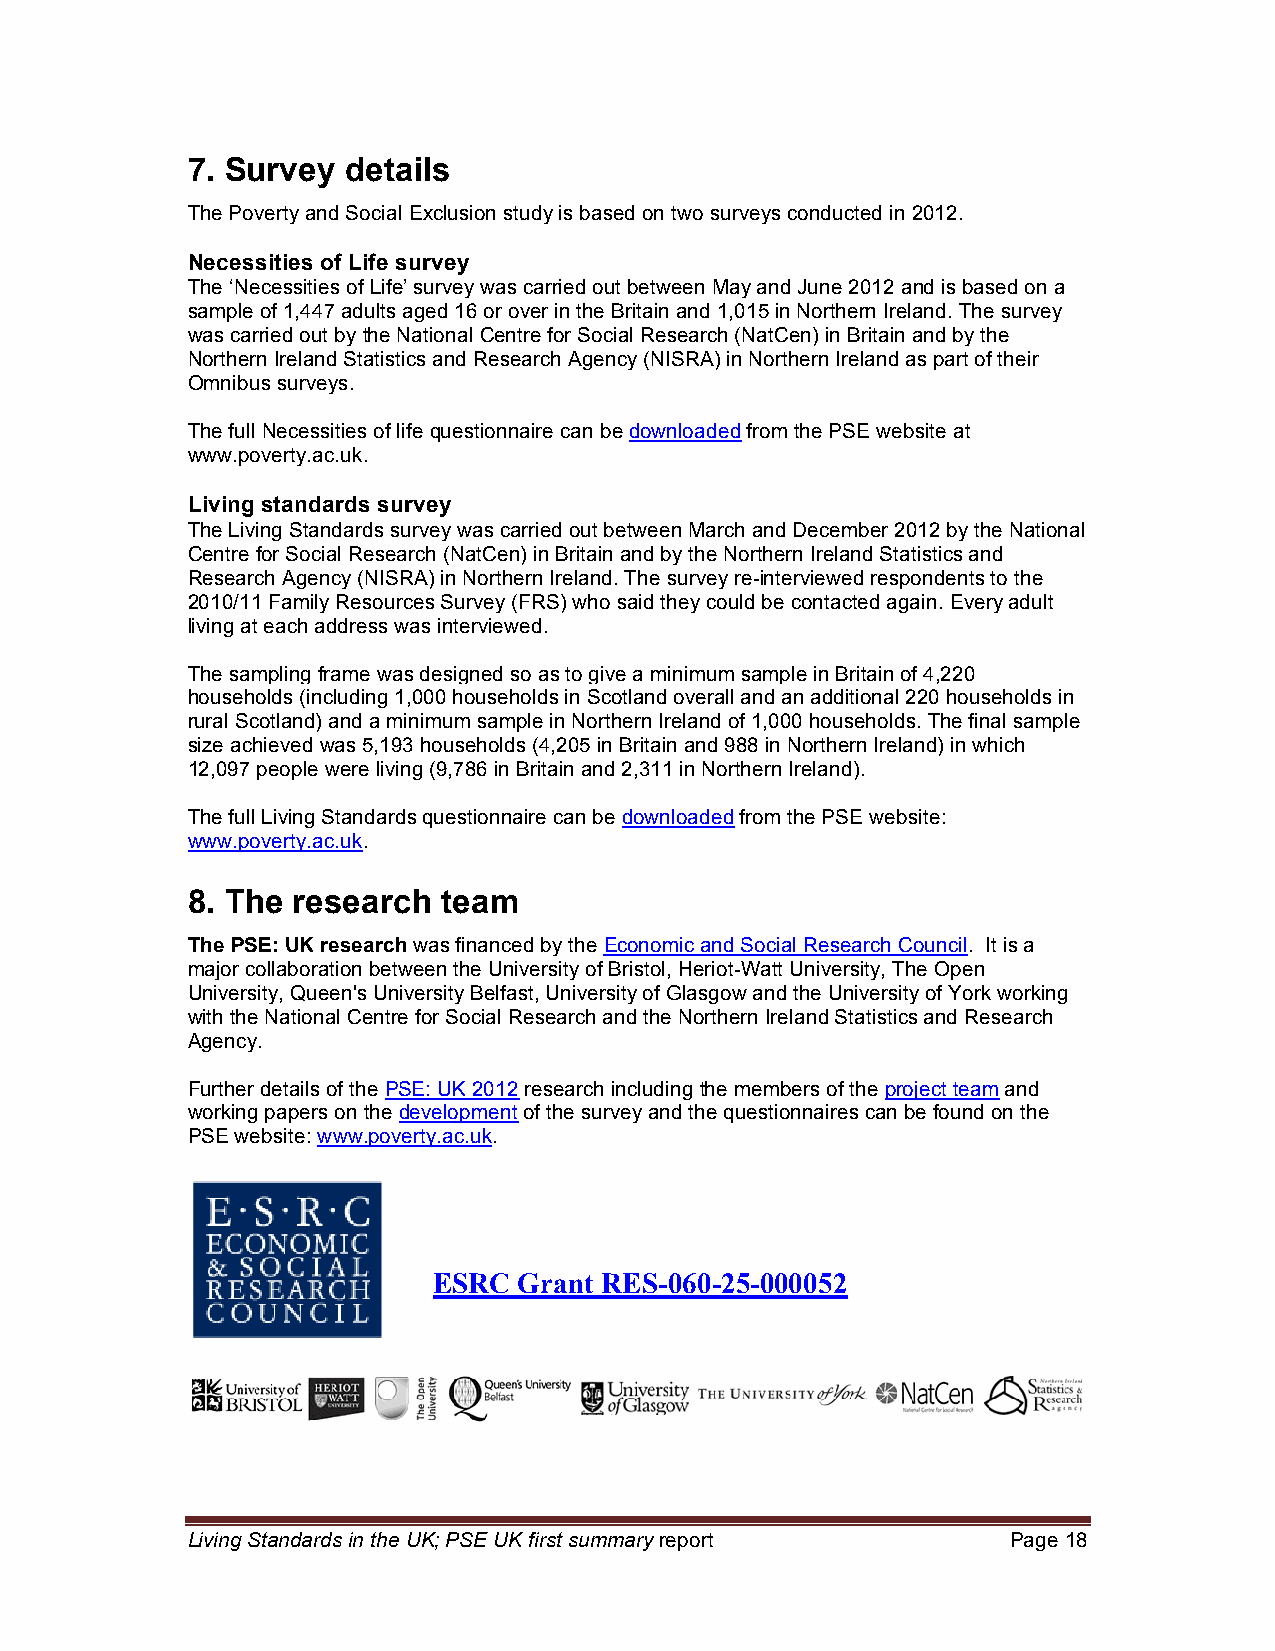
7. Survey  details
 The Poverty and Social Exclusion study is based on two surveys conducted in 2012.
 Necessities of Life survey
 The ‘Necessities of Life’ survey was carried out between May and June 2012 and is based on a
 sample of 1,447 adults aged 16 or over in the Britain and 1,015 in Northern Ireland. The survey
 was carried out by the National Centre for Social Research (NatCen) in Britain and by the
 Northern Ireland Statistics and Research Agency (NISRA) in Northern Ireland as part of their
 Omnibus surveys.
 The full Necessities of life questionnaire can be downloaded from the PSE website at
 www.poverty.ac.uk.
 Living standards survey
 The Living Standards survey was carried out between March and December 2012 by the National
 Centre for Social Research (NatCen) in Britain and by the Northern Ireland Statistics and
 Research Agency (NISRA) in Northern Ireland. The survey re-interviewed respondents to the
 2010/11 Family Resources Survey (FRS) who said they could be contacted again. Every adult
 living at each address was interviewed.
 The sampling frame was designed so as to give a minimum sample in Britain of 4,220
 households (including 1,000 households in Scotland overall and an additional 220 households in
 rural Scotland) and a minimum sample in Northern Ireland of 1,000 households. The final sample
 size achieved was 5,193 households (4,205 in Britain and 988 in Northern Ireland) in which
 12,097 people were living (9,786 in Britain and 2,311 in Northern Ireland).
 The full Living Standards questionnaire can be downloaded from the PSE website:
 www.poverty.ac.uk.
 8. The research  team
 The PSE: UK research was financed by the Economic and Social Research Council. It is a
 major collaboration between the University of Bristol, Heriot-Watt University, The Open
 University, Queen's University Belfast, University of Glasgow and the University of York working
 with the National Centre for Social Research and the Northern Ireland Statistics and Research
 Agency.
 Further details of the PSE: UK 2012 research including the members of the project team and
 working papers on the development of the survey and the questionnaires can be found on the
 PSE website: www.poverty.ac.uk.
 ESRC Grant RES-060-25-000052
 Living Standards in the UK; PSE UK first summary report Page 18